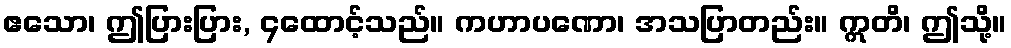
ဧသော၊ ဤပြားပြား, ၄ထောင့်သည်။ ကဟာပဏော၊ အသပြာတည်း။ ဣတိ၊ ဤသို့။